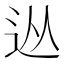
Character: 𨑹